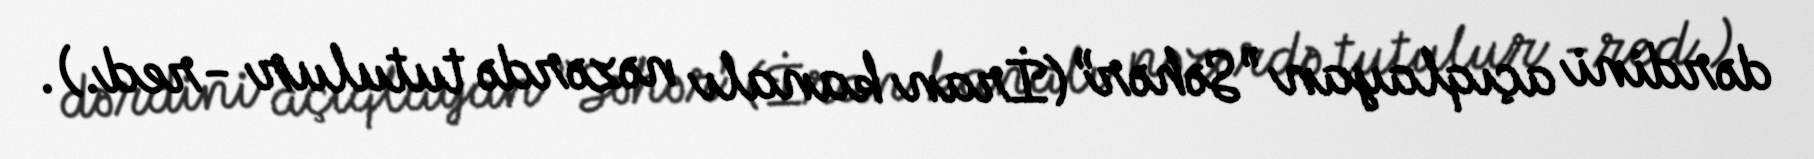
dərdini açıqlayan ”Səhər” (İran kanalı nəzərdə tutulur -red.).